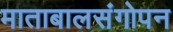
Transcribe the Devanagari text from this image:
माताबालसंगोपन